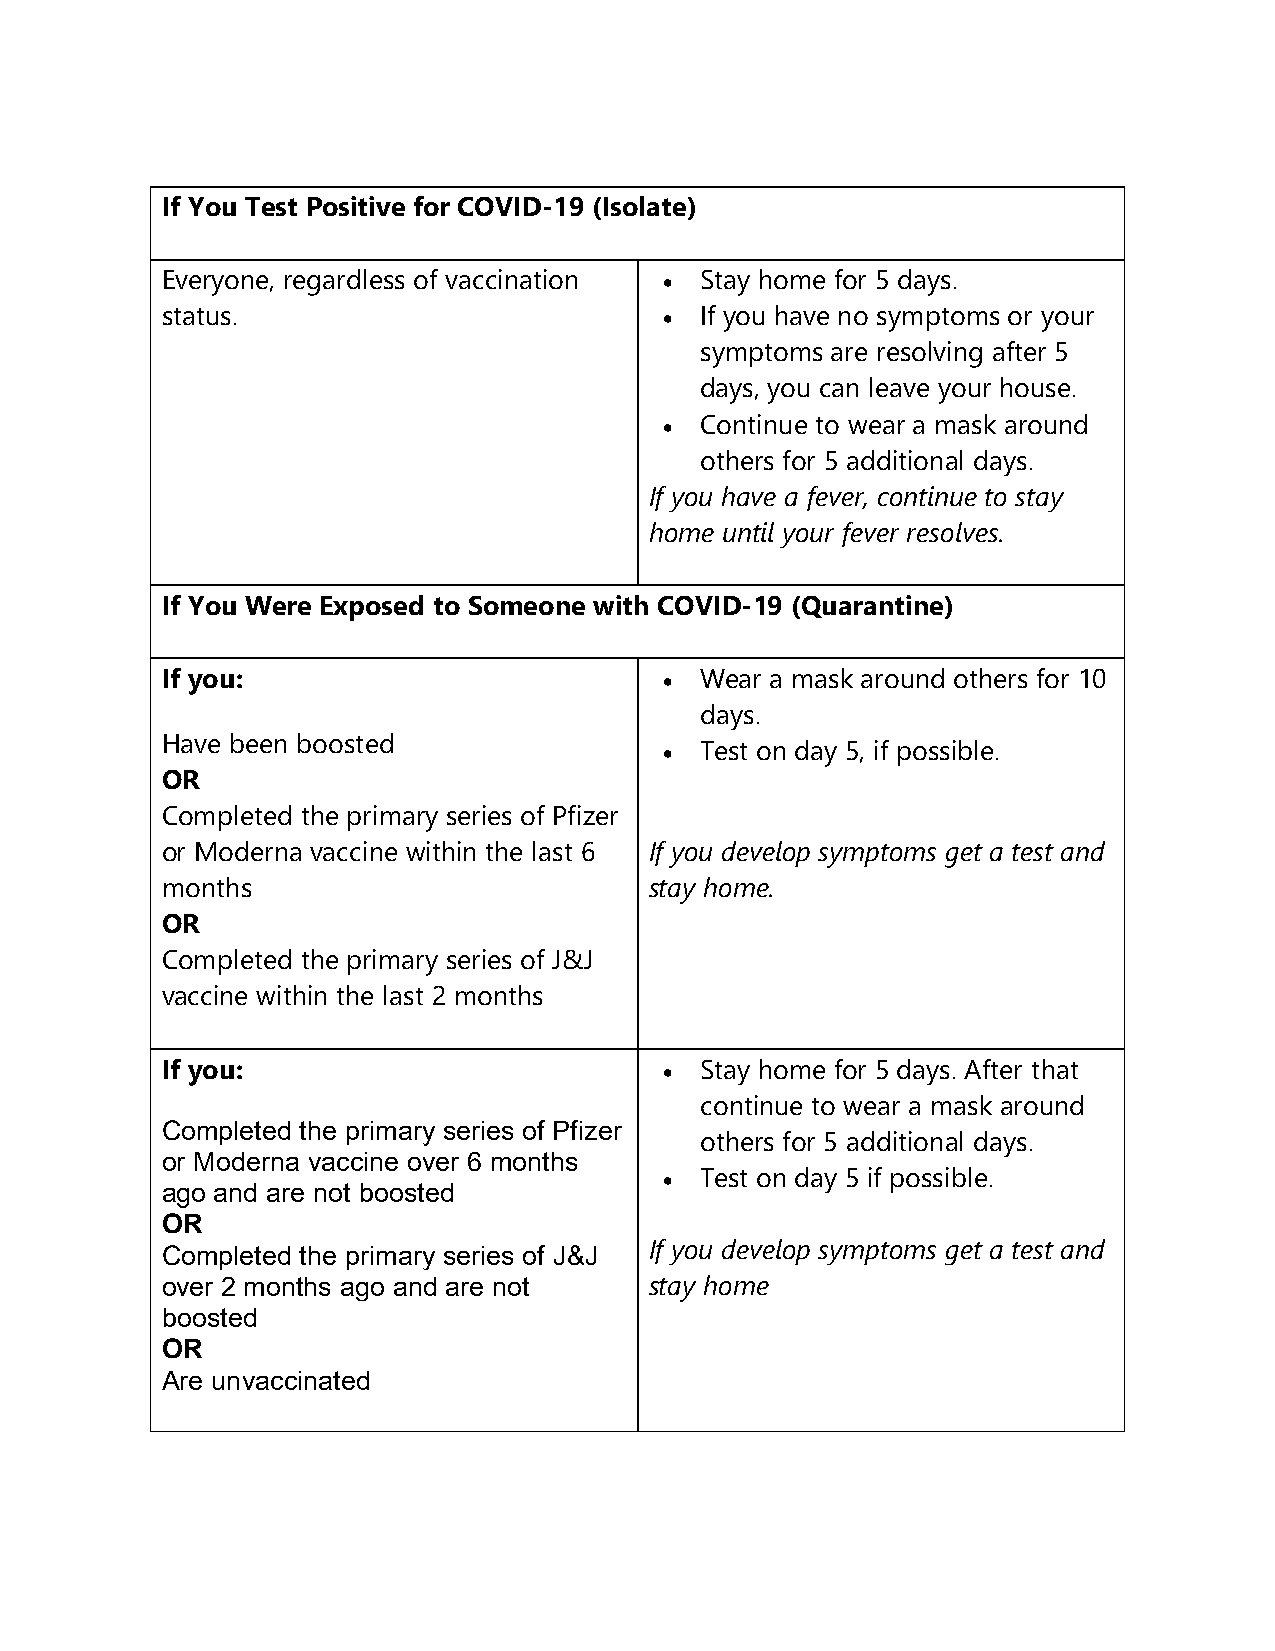
If You Test Positive for COVID-19 (Isolate)
 Everyone, regardless of vaccination • Stay home for 5 days.
 status.                          • If you have no symptoms or your
 symptoms are resolving after 5
 days, you can leave your house.
 • Continue to wear a mask around
 others for 5 additional days.
 If you have a fever, continue to stay
 home until your fever resolves.
 If You Were Exposed to Someone with COVID-19 (Quarantine)
 If you:                          • Wear a mask around others for 10
 days.
 Have been boosted
 • Test on day 5, if possible.
 OR
 Completed the primary series of Pfizer
 or Moderna vaccine within the last 6 If you develop symptoms get a test and
 months                          stay home.
 OR
 Completed the primary series of J&J
 vaccine within the last 2 months
 If you:                          • Stay home for 5 days. After that
 continue to wear a mask around
 Completed the primary series of Pfizer
 others for 5 additional days.
 or Moderna vaccine over 6 months
 • Test on day 5 if possible.
 ago and are not boosted
 OR
 If you develop symptoms get a test and
 Completed the primary series of J&J
 over 2 months ago and are not   stay home
 boosted
 OR
 Are unvaccinated